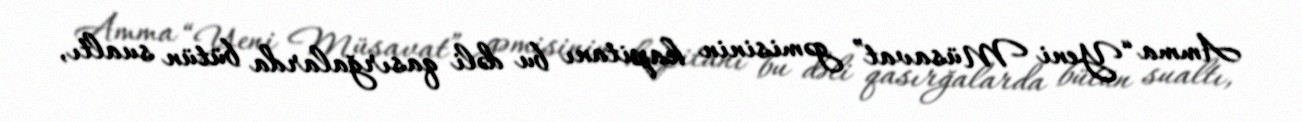
Amma “Yeni Müsavat” gəmisinin kapitanı bu dəli qasırğalarda bütün sualtı,